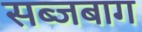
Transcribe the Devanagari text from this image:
सब्जबाग